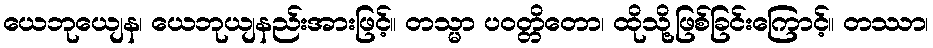
ယေဘုယျေန၊ ယေဘုယျနည်းအားဖြင့်။ တသ္မာ ပဝတ္တိတော၊ ထိုသို့ဖြစ်ခြင်းကြောင့်။ တဿာ၊